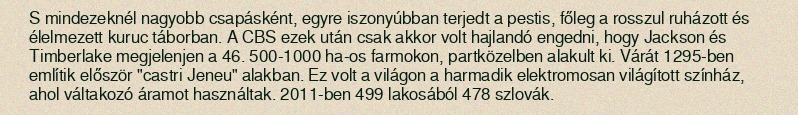
S mindezeknél nagyobb csapásként, egyre iszonyúbban terjedt a pestis, főleg a rosszul ruházott és élelmezett kuruc táborban. A CBS ezek után csak akkor volt hajlandó engedni, hogy Jackson és Timberlake megjelenjen a 46. 500-1000 ha-os farmokon, partközelben alakult ki. Várát 1295-ben említik először "castri Jeneu" alakban. Ez volt a világon a harmadik elektromosan világított színház, ahol váltakozó áramot használtak. 2011-ben 499 lakosából 478 szlovák.